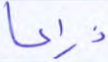
ذراعا